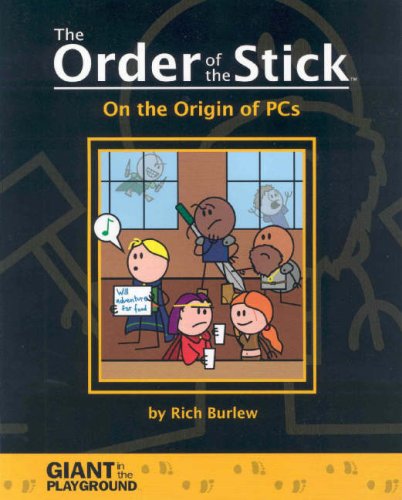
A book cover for The Order of the Stick, Vol. 0: On the Origin of PCs; Rich Burlew; Humor & Entertainment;